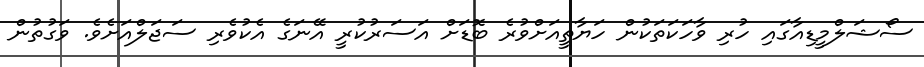
ސޯޝަލްމީޑިއާގައި ހުރި ވާހަކަތަކުން ހަޔާތީއަށްވުރެ ބޮޑަށް އަސަރުކުރީ އޭނަގެ އެކުވެރި ސަޖަލްއަށެވެ. ވަގުތުން